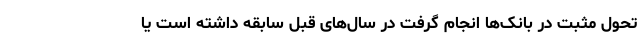
تحول مثبت در بانک‌ها انجام گرفت در سال‌های قبل سابقه داشته است یا